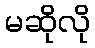
မဆိုလို